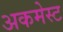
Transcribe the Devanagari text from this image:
अकमेस्ट